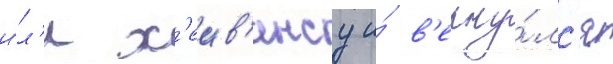
и́л'и х'еив'енсу и́ в'ерну́лс'я